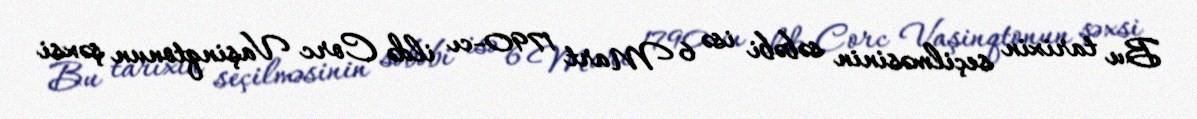
Bu tarixin seçilməsinin səbəbi isə 6 Mart 1790-cı ildə Corc Vaşinqtonun şəxsi